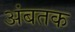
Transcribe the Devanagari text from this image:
अंबतक